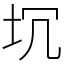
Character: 坈